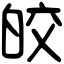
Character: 皎